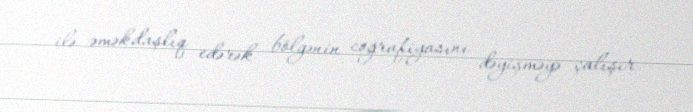
ilə əməkdaşlıq edərək bölgənin coğrafiyasını dəyişməyə çalışır.